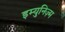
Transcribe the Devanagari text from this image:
इम्युनिज़्म